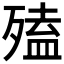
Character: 𣩄